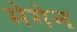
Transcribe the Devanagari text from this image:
मेगेन